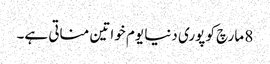
8 مارچ کو پوری دنیا یوم خواتین مناتی ہے۔